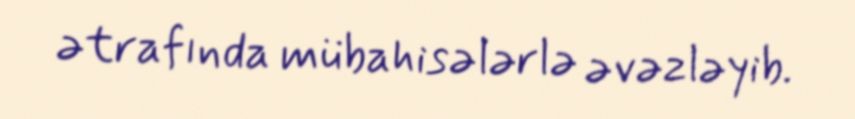
ətrafında mübahisələrlə əvəzləyib.